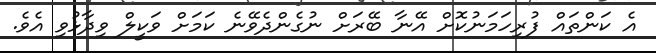
އެ ކަންތައް ފުރިހަމަނުކޮށް އޭނާ ބޭރަށް ނުގެންދެވޭނެ ކަމަށް ވަކީލް ވިދާޅުވި އެވެ.